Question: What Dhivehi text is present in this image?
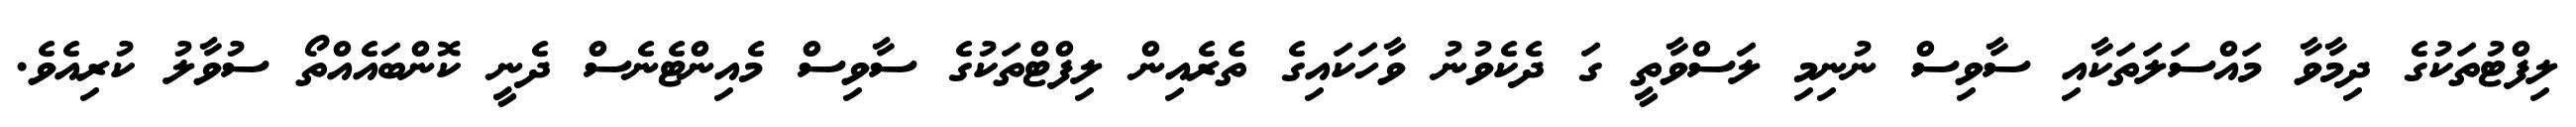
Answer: ލިފްޓުތަކުގެ ދިމާވާ މައްސަލަތަކާއި ސާވިސް ނުނިމި ލަސްވާތީ ގަ ދެކެވުނު ވާހަކައިގެ ތެރެއިން ލިފްޓްތަކުގެ ސާވިސް މެއިންޓެނެސް ދެނީ ކޮންބައެއްތޯ ސުވާލު ކުރިއެވެ.